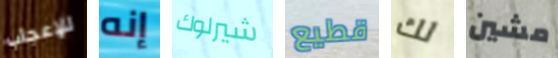
للإعجاب إنه شيرلوك قطيع لك مشين